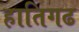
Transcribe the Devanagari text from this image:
हातिगढ